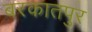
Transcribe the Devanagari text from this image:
बरकातपुर